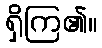
ရှိကြ၏။